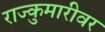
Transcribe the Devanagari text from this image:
राज्कुमारीवर